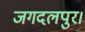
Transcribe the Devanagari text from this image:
जगदलपुर।